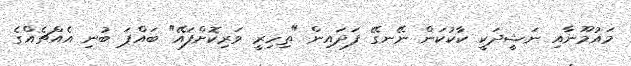
މައުމޫނާއި ނަޝީދަކީ ކާކުކަން ނޭނގޭ ފަދައިން "ތިހިރީ ވަރިކޮށްފައޭ" ބައްޕަ ބުނި އެއްޗެއްގެ